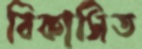
বিকাসিত